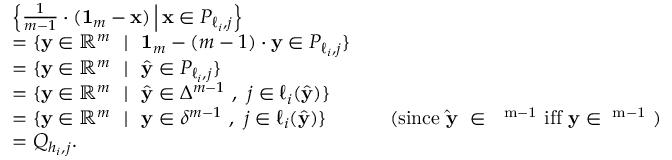
\begin{array} { r l r l } & { \left\{ \frac { 1 } { m - 1 } \cdot ( \mathbf { 1 } _ { m } - \mathbf { x } ) \, \middle | \, \mathbf { x } \in P _ { \ell _ { i } , j } \right\} } \\ & { = \{ \mathbf { y } \in \mathbb { R } ^ { m } ~ ~ | ~ ~ \mathbf { 1 } _ { m } - ( m - 1 ) \cdot \mathbf { y } \in P _ { \ell _ { i } , j } \} } \\ & { = \{ \mathbf { y } \in \mathbb { R } ^ { m } ~ ~ | ~ ~ \widehat { \mathbf { y } } \in P _ { \ell _ { i } , j } \} } \\ & { = \{ \mathbf { y } \in \mathbb { R } ^ { m } ~ ~ | ~ ~ \widehat { \mathbf { y } } \in \Delta ^ { m - 1 } ~ , ~ j \in \ell _ { i } ( \widehat { \mathbf { y } } ) \} } \\ & { = \{ \mathbf { y } \in \mathbb { R } ^ { m } ~ ~ | ~ ~ \mathbf { y } \in \delta ^ { m - 1 } ~ , ~ j \in \ell _ { i } ( \widehat { \mathbf { y } } ) \} } & & { \mathrm { ( s i n c e ~ \widehat { \mathbf { y } } ~ \in ~ \Delta ^ { m - 1 } ~ i f f ~ \mathbf { y } \in \delta ^ { m - 1 } ~ ) } } \\ & { = Q _ { h _ { i } , j } . } \end{array}